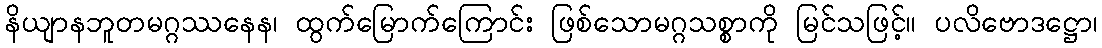
နိယျာနဘူတမဂ္ဂဿနေန၊ ထွက်မြောက်ကြောင်း ဖြစ်သောမဂ္ဂသစ္စာကို မြင်သဖြင့်။ ပလိဗောဒဋ္ဌော၊